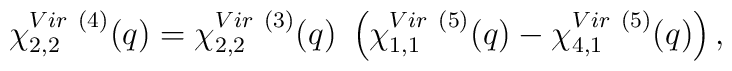
\chi^{Vir~(4)}_{2,2} (q) = \chi^{Vir~(3)}_{2,2} (q){}~\left ( \chi^{Vir~(5)}_{1,1} (q)-\chi^{Vir~(5)}_{4,1} (q) \right ),